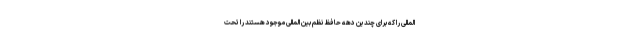
المللی را که برای چندین دهه حافظ نظم بین المللی موجود هستند را تحت